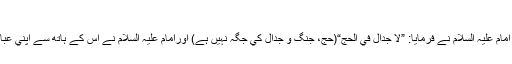
تو ابھي بھي اپنے ضلالت و گمراہي پر باقي ہے )(3)
اس نے امام عليہ السلام سے گفتگو كا آغاز كرنے كے لئے كہا تو امام عليہ السلام نے فرمايا: ”لا جدال في الحج“(حج، جنگ و جدال كي جگہ نہيں ہے) اورامام عليہ السلام نے اس كے ہاتھ سے اپني عبا كو كھينچتے ہوئے يہ جملہ ارشاد فرمايا: ”ان يكن الامر كما تقول۔